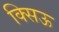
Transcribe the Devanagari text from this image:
क्सिऊ